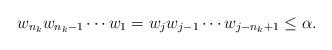
LaTeX: \begin{align*} w_{n_k} w_{n_k -1} \cdots w_1 = w_j w_{j-1} \cdots w_{j-n_k +1} \leq \alpha.\end{align*}